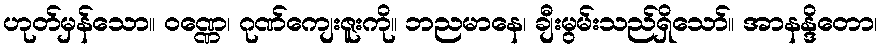
ဟုတ်မှန်သော။ ဝဏ္ဏေ၊ ဂုဏ်ကျေးဇူးကို။ ဘညမာနေ၊ ချီးမွမ်းသည်ရှိသော်။ အာနန္ဒိတော၊